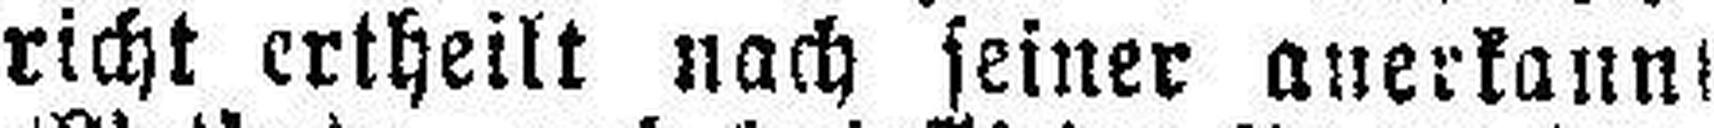
richt ertheilt nach seiner anerkannt